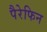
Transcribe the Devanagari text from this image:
पैरेफिन